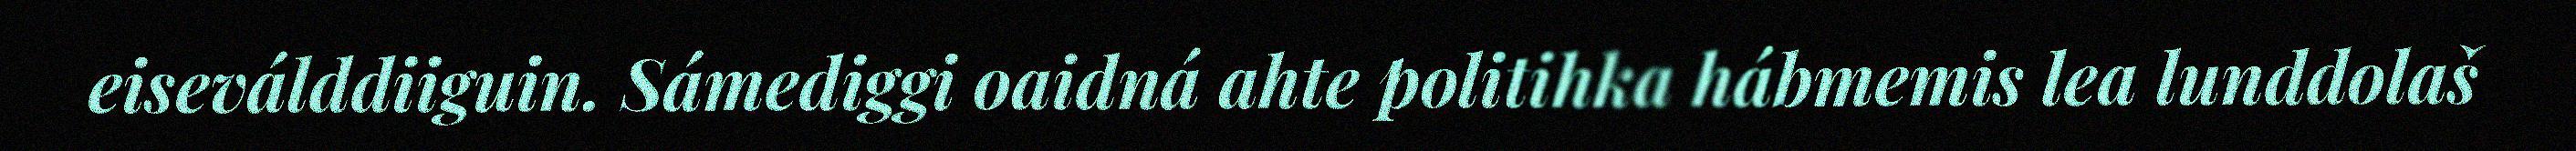
eiseválddiiguin. Sámediggi oaidná ahte politihka hábmemis lea lunddolaš